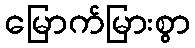
မြောက်မြားစွာ